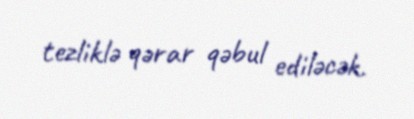
tezliklə qərar qəbul ediləcək.